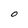
Character: O